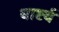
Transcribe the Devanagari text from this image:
धाष्टर्य